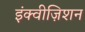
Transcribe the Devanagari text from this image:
इंक्वीज़िशन